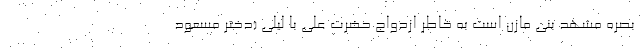
بصره مشهدِ بنی مازن است به خاطر ازدواج حضرت علی با لیلی (دختر مسعود